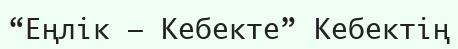
“Еңлік — Кебекте” Кебектің